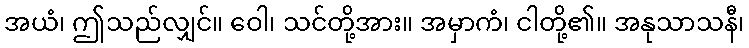
အယံ၊ ဤသည်လျှင်။ ဝေါ၊ သင်တို့အား။ အမှာကံ၊ ငါတို့၏။ အနုသာသနီ၊